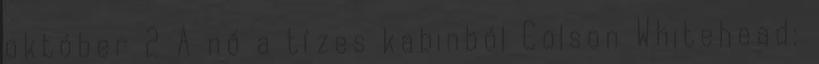
október 2 A nő a tízes kabinból Colson Whitehead: